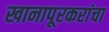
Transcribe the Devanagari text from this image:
खानापूरकरांचा